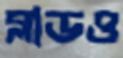
ব্লাডও